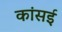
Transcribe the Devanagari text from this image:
कांसई